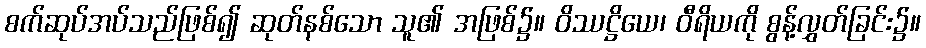
စက်ဆုပ်အပ်သည်ဖြစ်၍ ဆုတ်နစ်သော သူ၏ အဖြစ်၌။ ဝိဿဋ္ဌိယေ၊ ဝီရိယကို စွန့်လွှတ်ခြင်း၌။